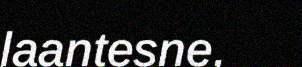
laantesne,